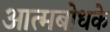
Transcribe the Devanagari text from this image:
आत्मबोधके